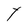
Character: Y